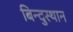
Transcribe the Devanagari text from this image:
बिन्दुस्थान